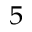
^ { 5 }